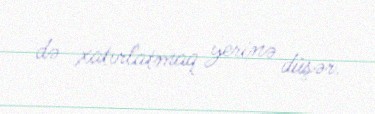
də xatırlatmaq yerinə düşər.